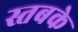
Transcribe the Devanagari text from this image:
स्तबके